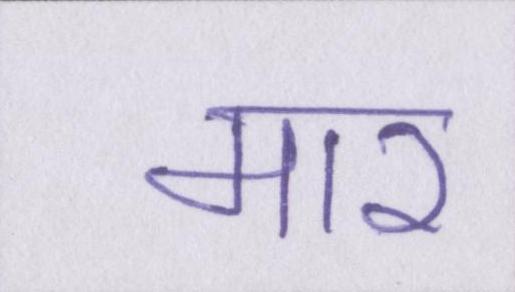
मार